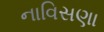
નાવિસણા